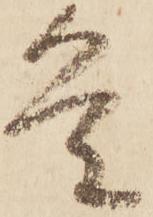
条